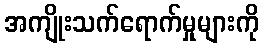
အကျိုးသက်ရောက်မှုများကို